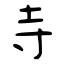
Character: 寺